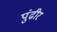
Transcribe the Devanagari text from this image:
पुंढीर